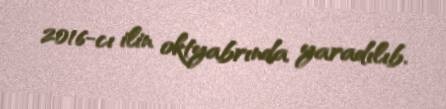
2016-cı ilin oktyabrında yaradılıb.